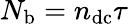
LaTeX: N_{\mathrm{b}}=n_{\mathrm{dc}}\tau